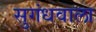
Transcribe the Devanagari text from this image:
सुगंधवाला